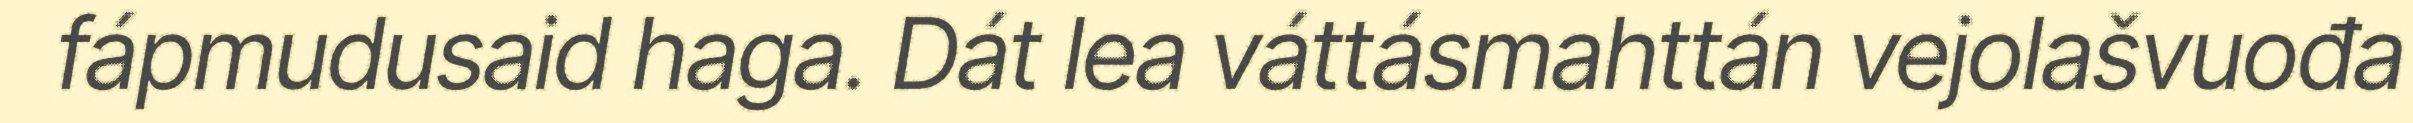
fápmudusaid haga. Dát lea váttásmahttán vejolašvuođa